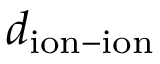
d _ { \mathrm { i o n - i o n } }